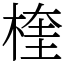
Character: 楏